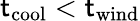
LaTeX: \mathsf{t}_{\mathrm{{cool}}}<\mathsf{t}_{\mathrm{{wind}}}